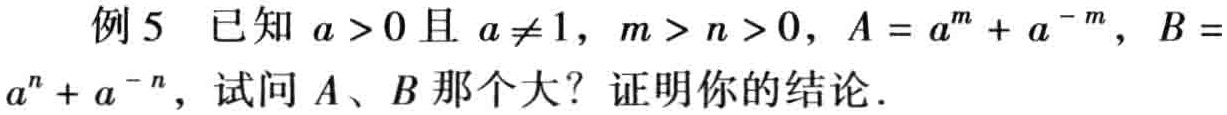
例 5 已知 \(a > 0\) 且 \(a\neq1\)，\(m > n > 0\)，\(A = a^{m}+a^{-m}\)，\(B = a^{n}+a^{-n}\)，试问 \(A\)、\(B\) 那个大？证明你的结论．